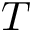
T